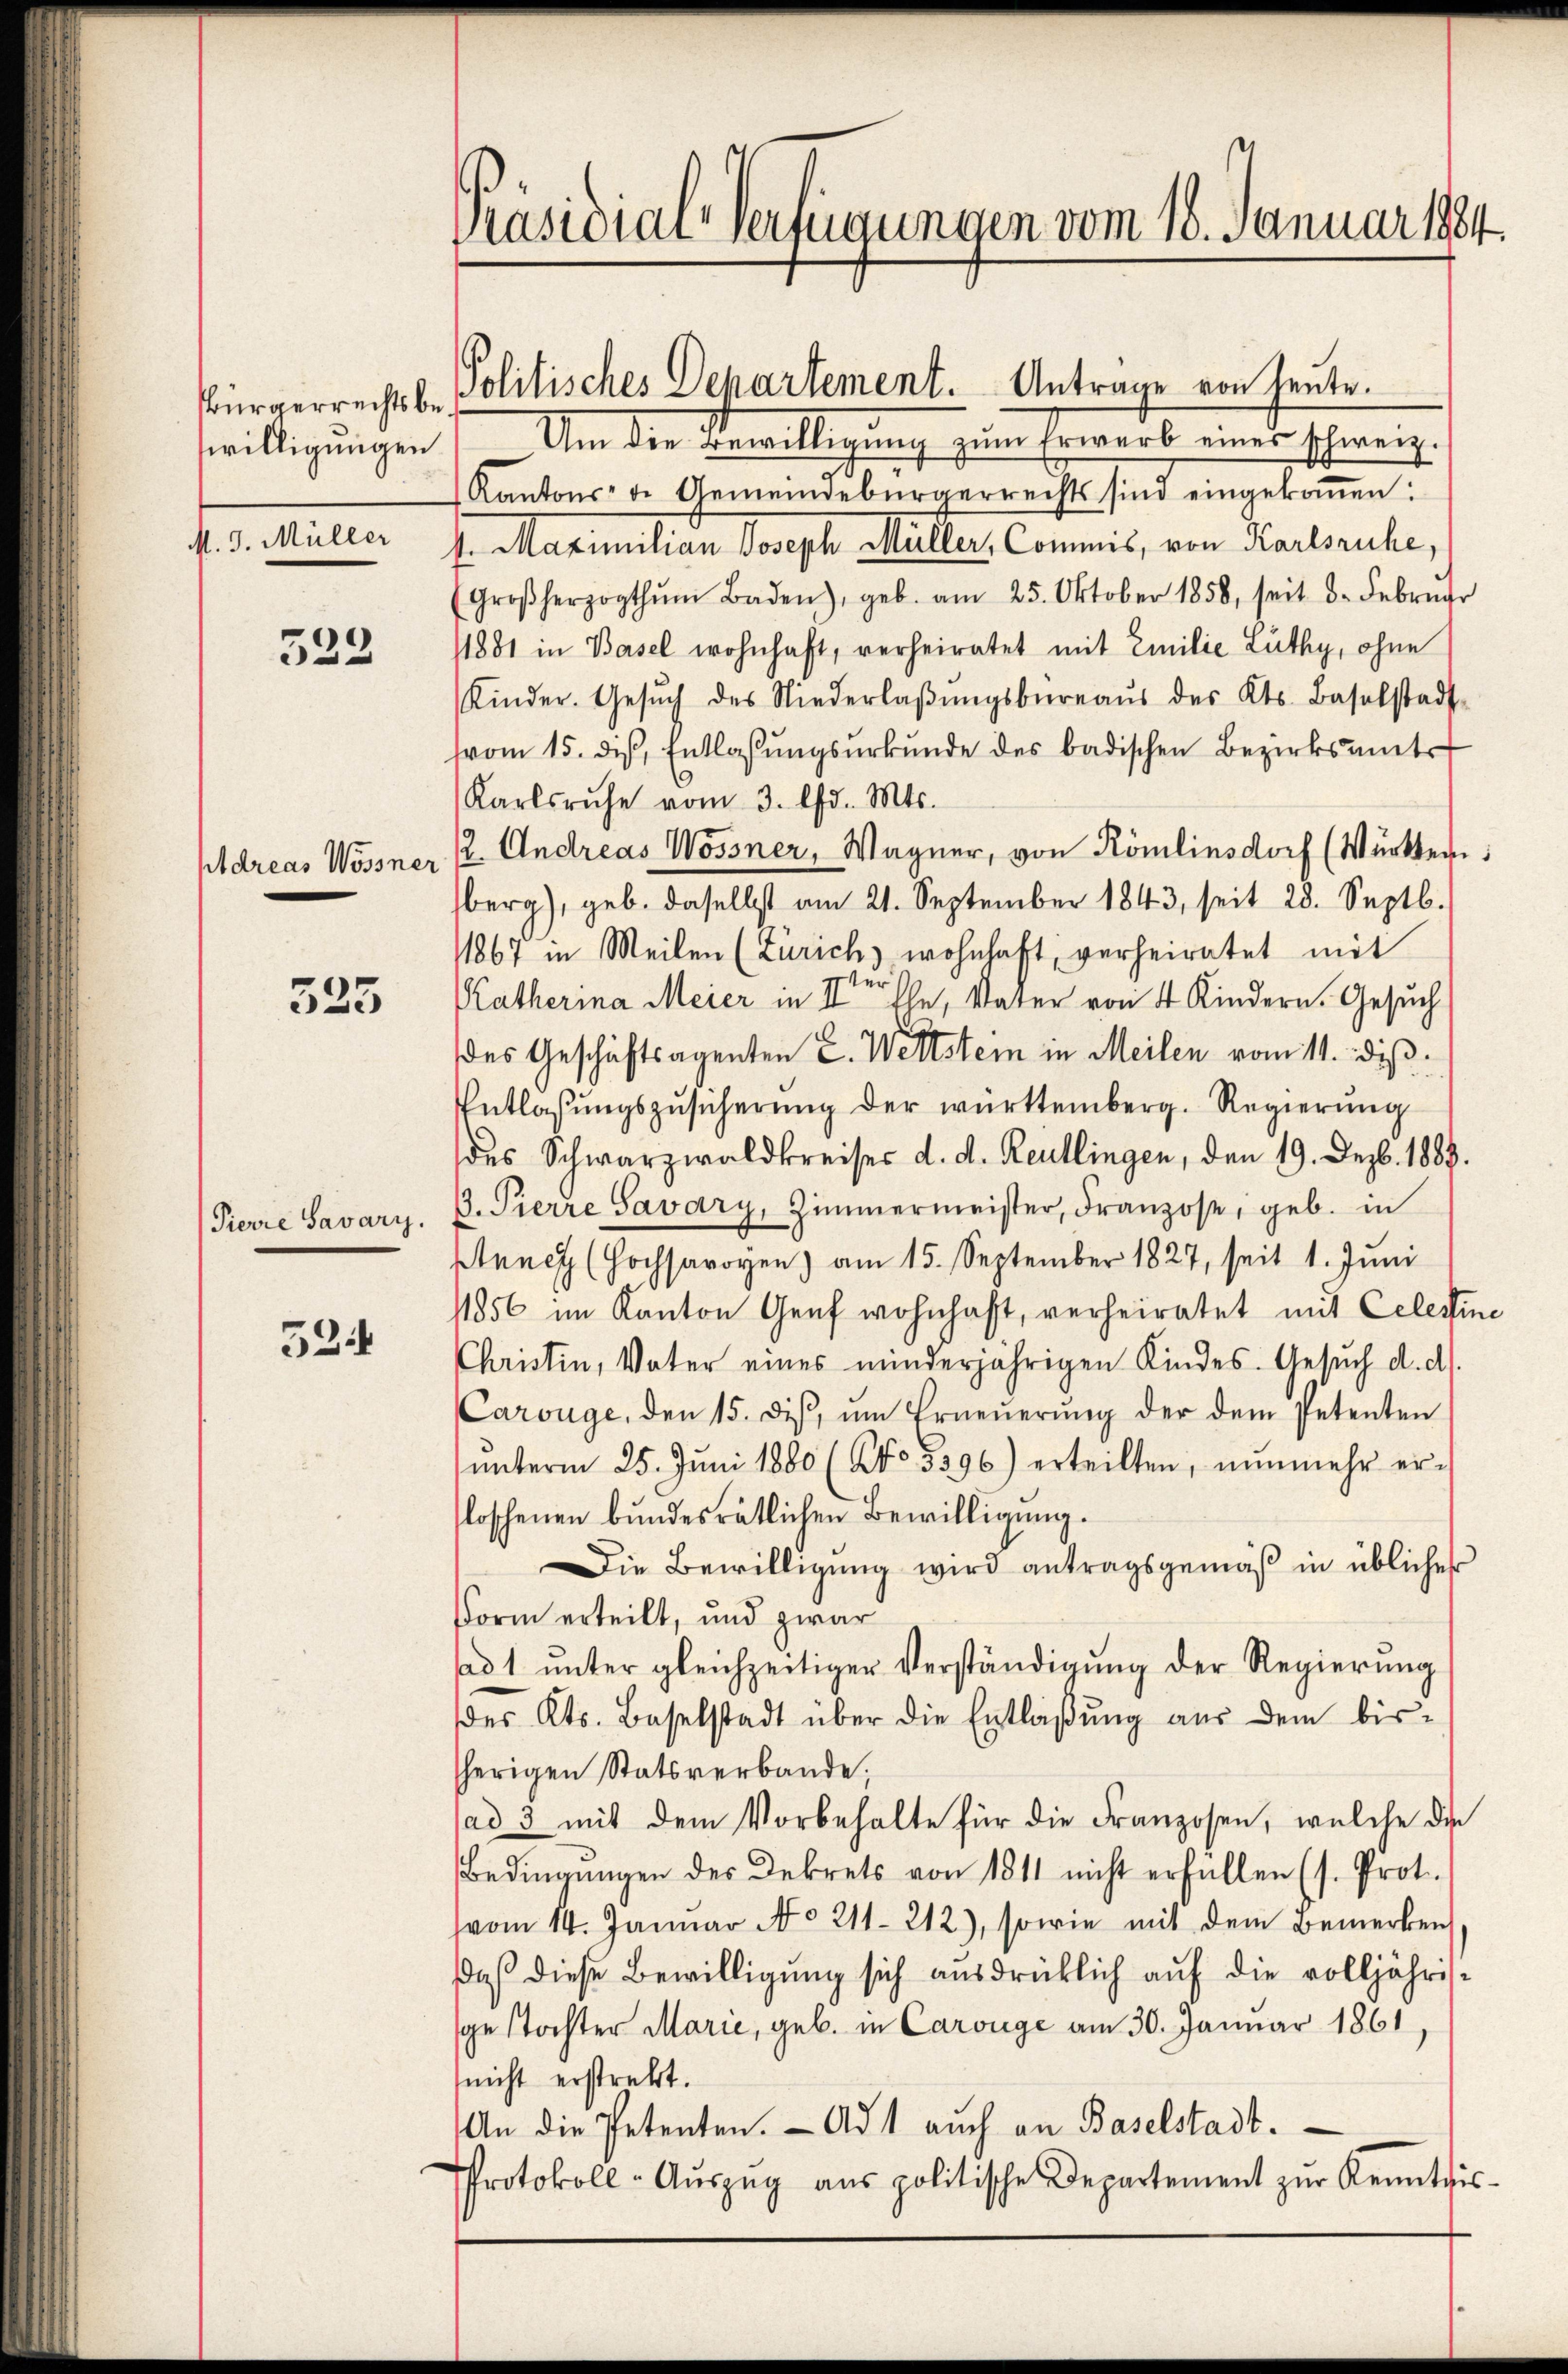
sbürgerrechts be
willigungen
M. J. Müller

523

Aldreas Wossner

325

Pierre Savary.

524

Präsidial-Verfügungen vom 18. Januar 1884.

Politisches Departement. Antrage von heute.

Um die Bewilligung zum Erwarb eines schweiz.
Kantons- de Gemeindebürgerrechts sind eingekoṁen:
h. Maximilian Joseph Müller, Commis, von Karlsruhe,
(Großherzogthum Baden), geb. am 25. Oktober 1858, seit 8. Februar
1881 in Basel wohnhaft, verheiratet mit Emilie Lüthy, ohne
Kinder. Gesŭch des Niederlaβŭngsbüreaŭs des Kts. Baselstadt-
vom 15. diβ, Entlassŭngsŭrkŭnde des badischen Bezirksamts
Karlsruhe vom 3. lfd. Mts.
2. Andreas Wossner, Wagner, von Römlinsdorf (Württern
berg), geb. daselbst am 21. September 1843, seit 28. Septb.
1867 in Meilen (Zürich wohnhaft, verheiratet mit
Katherina Meier in IIter Ehe, Vater von 4 Kindern. Gesuch
des Geschäftsagenten L. Weltstein in Meilen vom 11. dieß:
Entlaßungszusicherung der württemberg. Regierung
des Schwarzwaldkreiser d. d. Reutlingen, den 19. Dezb. 1889.
p. Pierre Savary, Zimmermeister, Franzose, geb. in
Anney (Hochsavoyen) am 15. September 1827, seit 1. Juni
11856 im Kanton Genf wohnhaft, verheiratet mit Celestine
Christin, Vater eines minderjährigen Kindes. Gesŭch d. d.
Carouge, den 15. diβ ŭm Erneŭerŭng der dem Petenten
ŭnterm 25. Jŭni 1880 (No. 5396) erteilten, nŭnmehr erloschenen bundesrätlichen Bewilligung.
Die Bewilligung wird antragsgemäß in üblicher
Form erteilt, und zwar
ad 1 ŭnter gleichzeitiger Verständigŭng der Regierung
des Kts. Baselstadt über die Entlaßung aus dem bisherigen Statsverbande;
sad 3 mit dem Vorbehalte für die Franzosen, welche die
Bedingŭngen des Dekrets von 1811 nicht erfüllen (s. Prot.
vom 14. Januar No 211. 212), sowie mit dem Bemerken
daß diese Bewilligung sich ausdrücklich auf die volljährisgestochter Marie, geb. in Carouge am 30. Januar 1861
(nicht erstreckt.
An die Petenten. - Ad 1 auch an Baselstadt.
Protokoll-Aŭszŭg aŭs politische Departement zŭr Kenntnis-